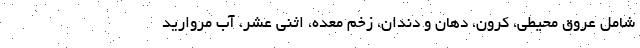
شامل عروق محیطی، کرون، دهان و دندان، زخم معده، اثنی عشر، آب مروارید